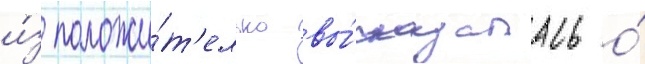
и́з положи́т'ельно вы́сказалась о́